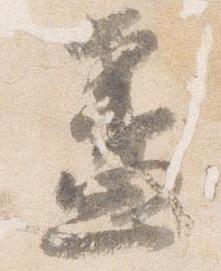
盞